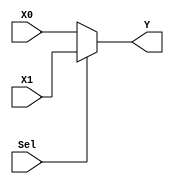
module mux_2x1_32b(output reg [31:0] Y, input Sel, input [31:0] X0, X1);
	always @(Sel, X0, X1)
		if(Sel) Y = X1;
		else Y = X0;
endmodule